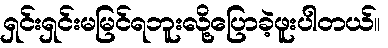
ရှင်းရှင်းမမြင်ရဘူးလို့ပြောခဲ့ဖူးပါတယ်။